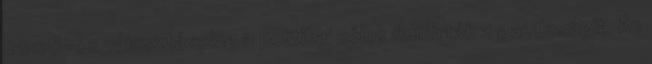
2006-os választásokig a politikai célok felülírták a gazdaságit. Az